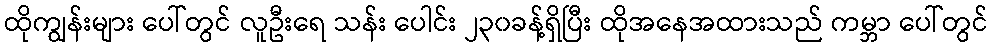
ထိုကျွန်းများ ပေါ်တွင် လူဦးရေ သန်း ပေါင်း ၂၃၀ခန့်ရှိပြီး ထိုအနေအထားသည် ကမ္ဘာ ပေါ်တွင်